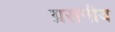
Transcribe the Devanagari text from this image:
ग्रसनीय